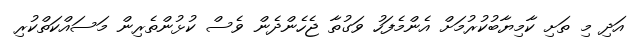
އަދި މި ތަށި ކާމިޔާބުކުރުމަށް އެންމެފަހު ވަގުތާ ޖެހެންދެން ވެސް ކުޅުންތެރިން މަސައްކަތްކުރި